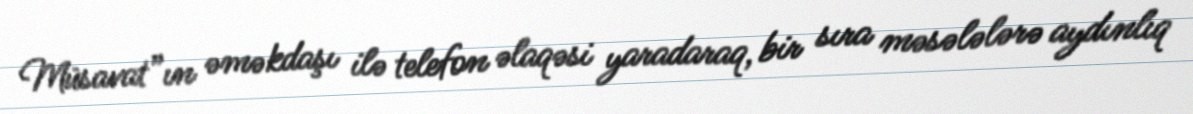
Müsavat”ın əməkdaşı ilə telefon əlaqəsi yaradaraq, bir sıra məsələlərə aydınlıq